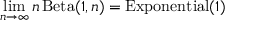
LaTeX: \operatorname* { l i m } _ { n \to \infty } n \operatorname { B e t a } ( 1 , n ) = \operatorname { E x p o n e n t i a l } ( 1 )